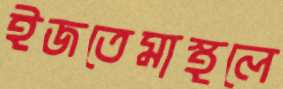
ইজতেমাস্থলে